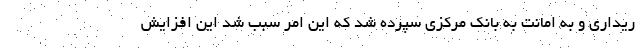
ریداری و به امانت به بانک مرکزی سپرده شد که این امر سبب شد این افزایش